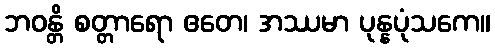
ဘဝန္တိ စတ္တာရော ဧတေ၊ အဿမာ ပုန္နပုံသကေ။